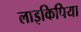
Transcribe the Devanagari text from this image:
लाइकिपिया